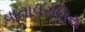
વાતાવરણિય